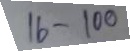
16 - 100